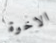
الاخوة